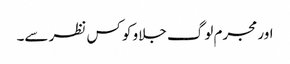
اور مجرم لوگ جلاو کو کس نظر سے۔